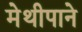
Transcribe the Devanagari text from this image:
मेथीपाने